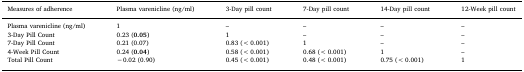
| Measures of adherence | Plasma varenicline (ng/ml) | 3-Day pill count | 7-Day pill count | 14-Day pill count | 12-Week pill count |
 | --- | --- | --- | --- | --- | --- |
 | Plasma varenicline (ng/ml) | 1 | – | – | – | – |
 | 3-Day Pill Count | 0.23 (0.05) | 1 | – | – | – |
 | 7-Day Pill Count | 0.21 (0.07) | 0.83 (<0.001) | 1 | – | – |
 | 4-Week Pill Count | 0.24 (0.04) | 0.58 (<0.001) | 0.68 (<0.001) | 1 | – |
 | Total Pill Count | −0.02 (0.90) | 0.45 (<0.001) | 0.48 (<0.001) | 0.75 (<0.001) | 1 |